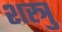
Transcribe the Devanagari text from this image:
शस्त्रु